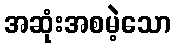
အဆုံးအစမဲ့သော